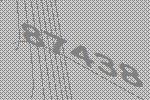
87438